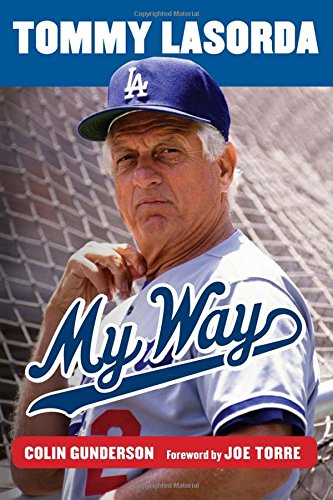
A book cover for Tommy Lasorda: My Way; Colin Gunderson; Biographies & Memoirs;